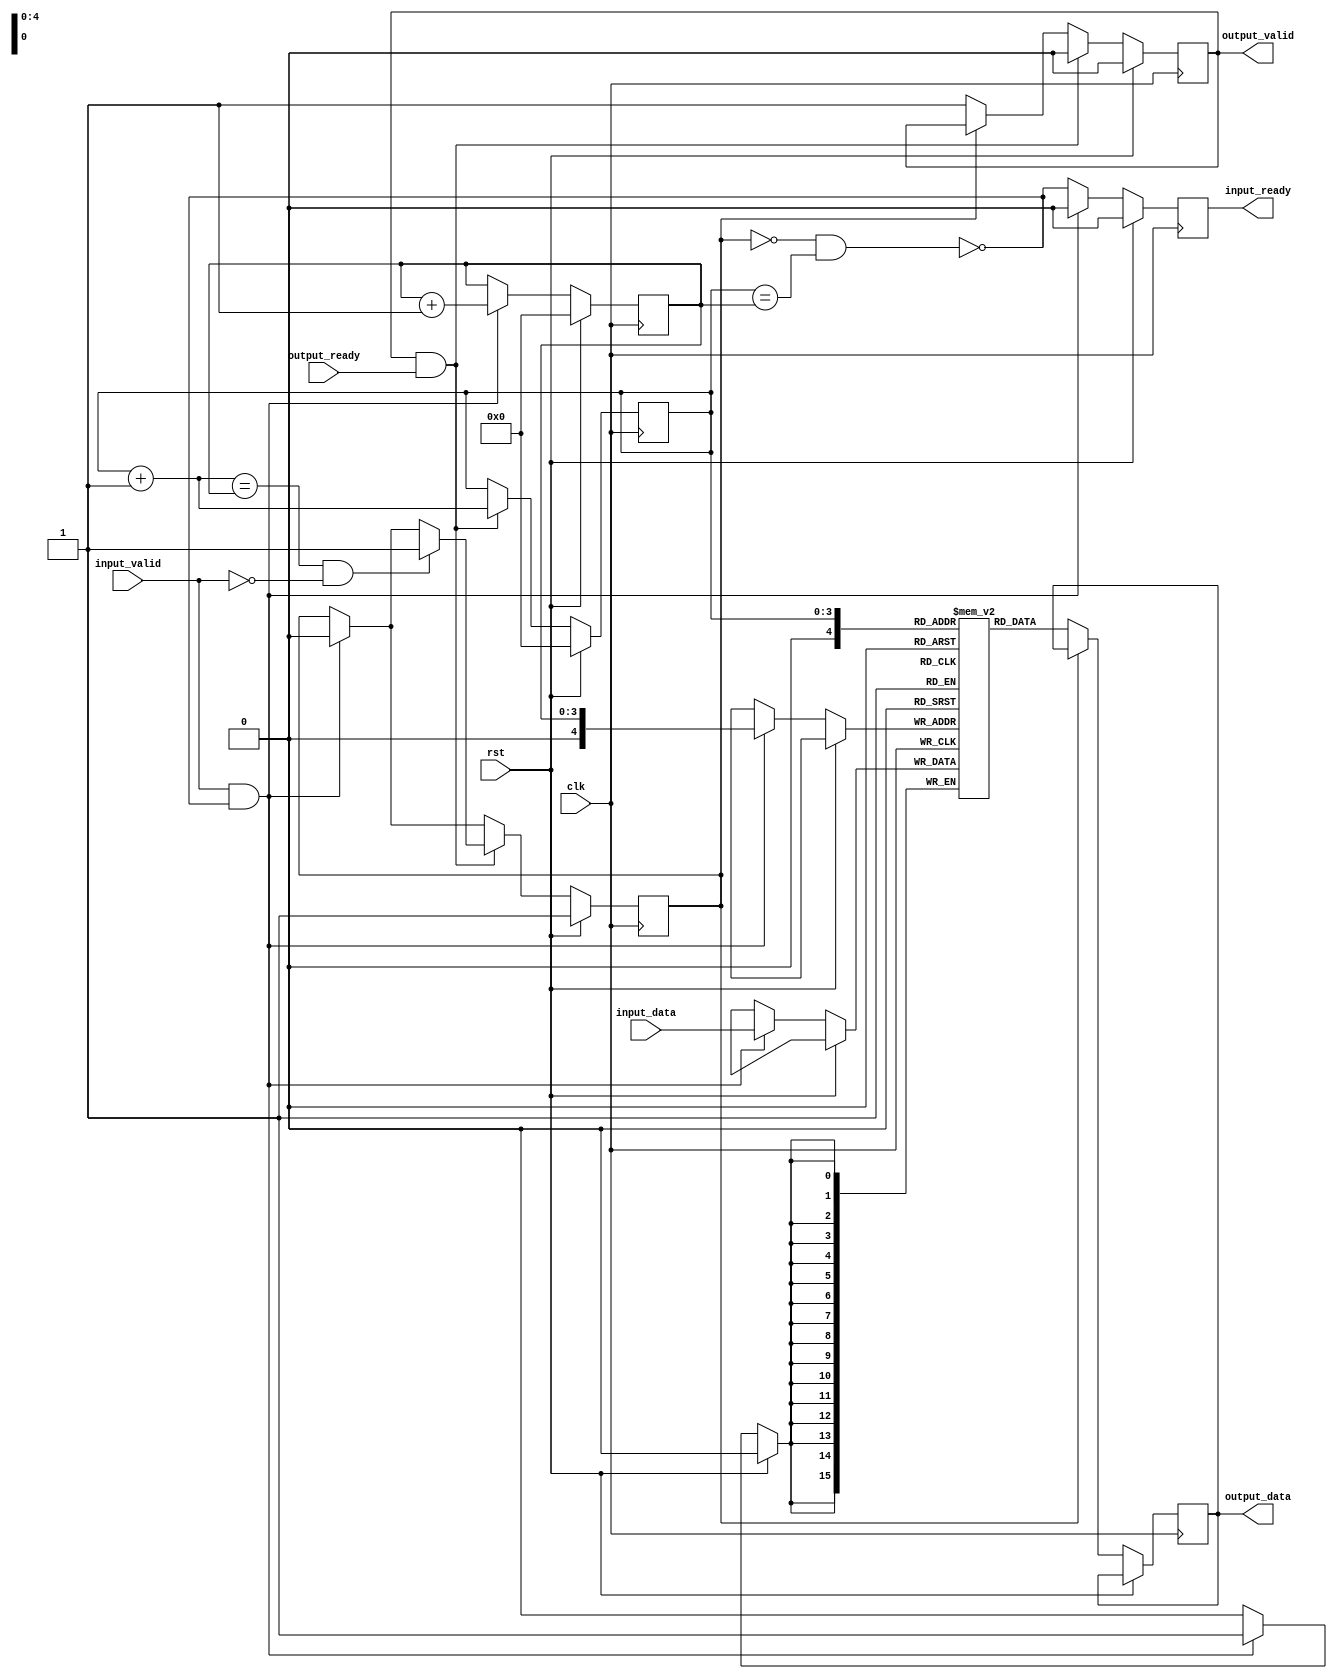
/*

Copyright (c) 2023 Chris H. Meyer

This file is part of aRTS.

aRTS is free software: you can redistribute it and/or modify it
under the terms of the GNU General Public License as published by
the Free Software Foundation, either version 3 of the License, or
(at your option) any later version.

aRTS is distributed in the hope that it will be useful, but WITHOUT
ANY WARRANTY; without even the implied warranty of MERCHANTABILITY
or FITNESS FOR A PARTICULAR PURPOSE. See the GNU General Public License
for more details.

You should have received a copy of the GNU General Public License along
with aRTS. If not, see <https://www.gnu.org/licenses/>.

*/

// Language: Verilog 2001
`ifndef FORMAL
`resetall
`endif
`timescale 1ns / 1ps
`default_nettype none

/*
 * Simple FIFO
 */
module simple_fifo #
(
    parameter DATA_WIDTH = 16,
    // memory size; must be a power of 2
    parameter DEPTH = 16,
    // 0 ignores the ready signal, 1 requires it
    parameter USE_READY = 0
)
(
    input  wire                  clk,
    input  wire                  rst,

    input  wire [DATA_WIDTH-1:0] input_data,
    input  wire                  input_valid,
    output wire                  input_ready,

    output wire [DATA_WIDTH-1:0] output_data,
    input  wire                  output_ready,
    output wire                  output_valid
);


initial begin
    if (USE_READY < 0 || USE_READY > 1) begin
        $error("Error: Illegal value for parameter USE_READY (instance %m)");
        $finish;
    end
end


localparam POS_WIDTH = $clog2(DEPTH);

reg [POS_WIDTH-1:0] rd_pos = {POS_WIDTH{1'b0}};
reg [POS_WIDTH-1:0] wr_pos = {POS_WIDTH{1'b0}};
wire [POS_WIDTH-1:0] rd_pos_inc = rd_pos + 1;

reg [DATA_WIDTH-1:0] mem[DEPTH:0];

reg empty_reg = 1'b1;
wire full = !empty_reg && (rd_pos == wr_pos);

reg output_valid_reg = 1'b0;
assign output_valid = output_valid_reg;
reg input_ready_reg = 1'b0;
assign input_ready = input_ready_reg;

wire input_ready_int = input_ready_reg || !USE_READY;
wire write = input_ready_reg || !USE_READY;

reg [DATA_WIDTH-1:0] output_data_reg = {DATA_WIDTH{1'b0}};
assign output_data = output_data_reg;


always @(posedge clk) begin
    if (rst) begin
        rd_pos <= {POS_WIDTH{1'b0}};
        wr_pos <= {POS_WIDTH{1'b0}};

        output_valid_reg <= 1'b0;
        input_ready_reg <= 1'b0;

        empty_reg <= 1'b1;
    end else begin
        rd_pos <= rd_pos;
        wr_pos <= wr_pos;

        if (input_ready_int) begin
            if (input_valid && !full) begin
                mem[wr_pos] <= input_data;
                wr_pos <= wr_pos + 'd1;
                input_ready_reg <= 1'b0;
                empty_reg <= 1'b0;
            end else begin
                input_ready_reg <= !full;
            end
        end

        if (!empty_reg) begin
            output_valid_reg <= 1'b1;
            output_data_reg <= mem[rd_pos];
        end

        if (output_valid_reg && output_ready) begin
            rd_pos <= rd_pos_inc;
            output_valid_reg <= 1'b0;

            if ((rd_pos_inc == wr_pos) && !(input_valid && input_ready_int)) begin
                empty_reg <= 1'b1;
            end
        end
    end
end


`ifdef FORMAL
    always @(posedge clk) begin
        if (empty_reg) begin
            assert (rd_pos == wr_pos);
        end

        //assert (($past(rd_pos) == wr_pos) && (rd_pos > wr_pos));
    end
`endif

endmodule

`resetall